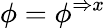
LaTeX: \phi=\phi^{\Rightarrow x}